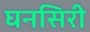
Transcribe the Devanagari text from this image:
घनसिरी